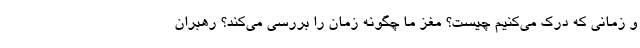
و زمانی که درک می‌کنیم چیست؟ مغز ما چگونه زمان را بررسی می‌کند؟ رهبران